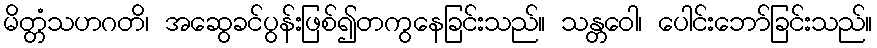
မိတ္တံသဟဂတိ၊ အဆွေခင်ပွန်းဖြစ်၍တကွနေခြင်းသည်။ သန္တဝေါ၊ ပေါင်းဘော်ခြင်းသည်။